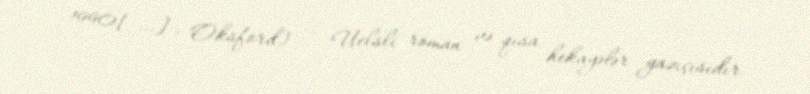
1990[…], Oksford) — Uelsli roman və qısa hekayələr yazıçısıdır.